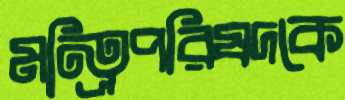
মন্ত্রিপরিষদকে